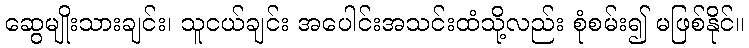
ဆွေမျိုးသားချင်း၊ သူငယ်ချင်း အပေါင်းအသင်းထံသို့လည်း စုံစမ်း၍ မဖြစ်နိုင်။